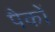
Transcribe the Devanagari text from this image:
पैकों